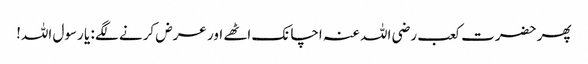
پھر حضرت کعب رضی اللہ عنہ اچانک اٹھے اور عرض کرنے لگے : یا رسول اللہ!